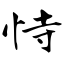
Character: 恃